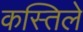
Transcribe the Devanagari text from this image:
कस्तिले